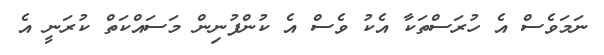
ނަމަވެސް އެ ހުރަސްތަކާ އެކު ވެސް އެ ކުންފުނިން މަސައްކަތް ކުރަނީ އެ